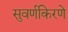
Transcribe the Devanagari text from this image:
सुवर्णकिरणे